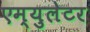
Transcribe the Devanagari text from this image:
एम्युलेटर